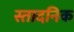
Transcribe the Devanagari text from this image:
स्तादनिक